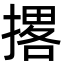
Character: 撂